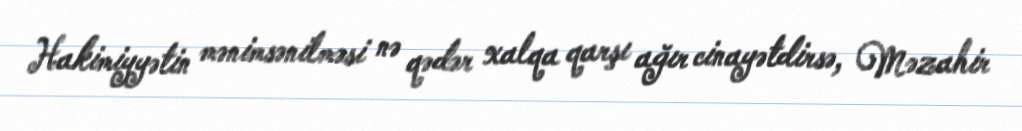
Hakimiyyətin mənimsənilməsi nə qədər xalqa qarşı ağır cinayətdirsə, Məzahir